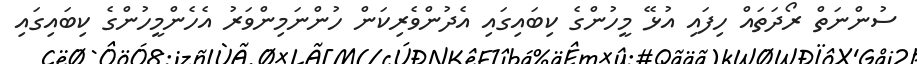
ސުންނަތް ރޯދަތައް ހިފައި އުޅޭ މީހުންގެ ކިބައިގައި އެދުންވެރިކަން ހުންނަމިންވަރު އެހެންމީހުންގެ ކިބައިގައި